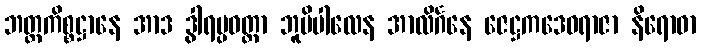
ဘတ္တကိစ္စဋ္ဌာနေ အာဒ ဒွါရပ္ပဝတ္တာ ဘူမိပါလေန အာလိင်္ဂနေ ဇေဋ္ဌကဒေဝရာဇာ နိရောဓာ